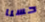
حسنا